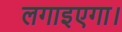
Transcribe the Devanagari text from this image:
लगाइएगा।